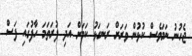
ޖެހުނު ނަމަވެސް ކުޅުން ވަރަށް ރަނގަޅު ކަމަށް އަދި ފުރަތަމަ ހާފުގައި ފަސް